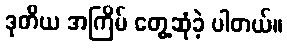
ဒုတိယ အကြိမ် တွေ့ဆုံခဲ့ ပါတယ်။